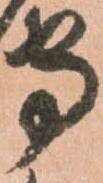
守